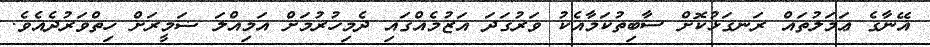
އޭނާގެ ޢަމަލުތައް ރަނގަޅުކޮށް ސާބިތުކަމާއެކު ވަރުގަދަ އަޒުމެއްގައި ދެމިހުރުމަށް އަމިއްލަ ޟަމީރަށް ހިތްވަރުދެއެވެ.